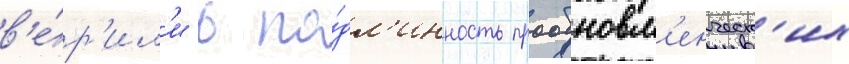
в'е́р'ил'и в по́дл'инность прообновл'енческ'их